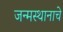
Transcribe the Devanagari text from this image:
जन्मस्थानाचे